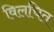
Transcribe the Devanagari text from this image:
विलचित